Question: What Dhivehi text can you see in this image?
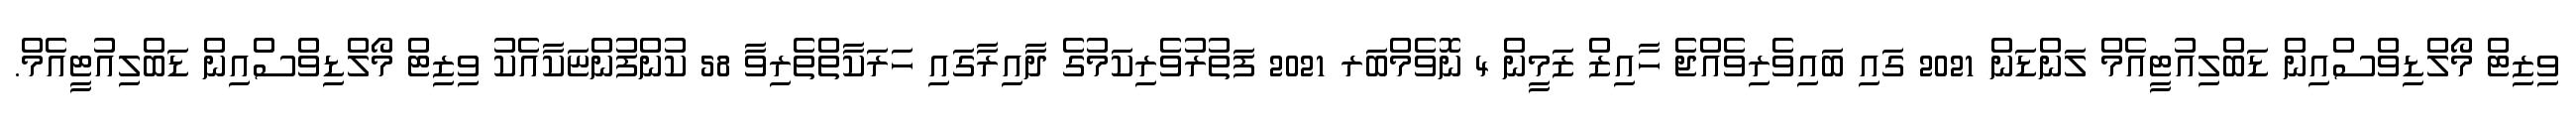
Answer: ވިޒިޓް މޯލްޑިވްސްއިން ޑަބްލިއުޓީއެމް ލަންޑަން 2021 ގައި ބައިވެރިވެއްޖެ ހާއިޒް ޒަމީން 4 ނޮވެމްބަރ 2021 ފަތުރުވެރިކަމުގެ ދާއިރާގައި ހަރަކާތްތެރިވާ 58 ކުންފުންޏަކާއެކު ވިޒިޓް މޯލްޑިވްސްއިން ޑަބްލިއުޓީއެމް.